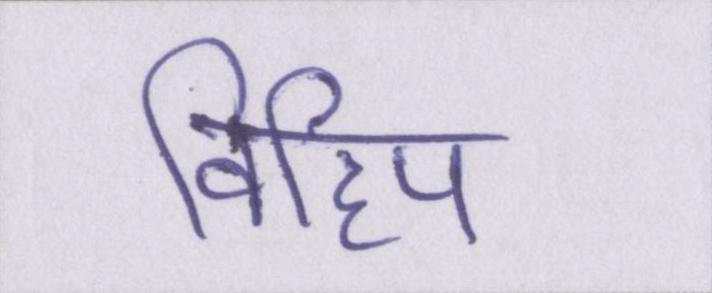
विहिप